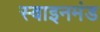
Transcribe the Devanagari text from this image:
स्वाइनमंड